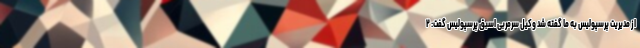
از مدیریت پرسپولیس به ما گفته شد وکیل سرمربی اسبق پرسپولیس گفت: ۲